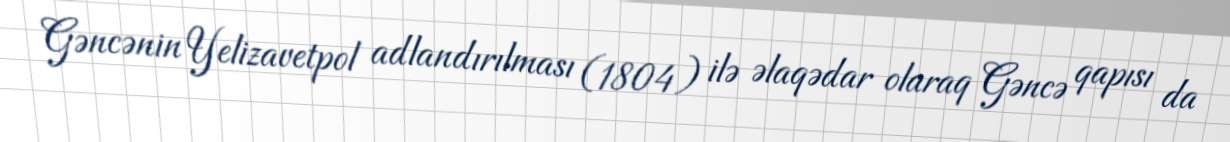
Gəncənin Yelizavetpol adlandırılması (1804) ilə əlaqədar olaraq Gəncə qapısı da